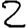
Digit: 2